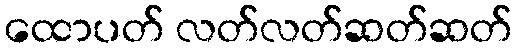
ထောပတ် လတ်လတ်ဆတ်ဆတ်